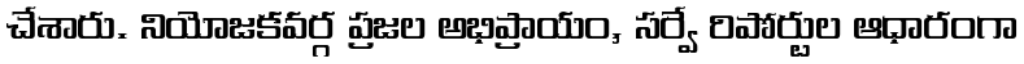
చేశారు. నియోజకవర్గ ప్రజల అభిప్రాయం, సర్వే రిపోర్టుల ఆధారంగా